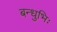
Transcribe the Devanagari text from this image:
बन्धुभिः